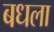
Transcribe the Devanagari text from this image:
बधला